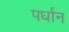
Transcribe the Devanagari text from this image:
पर्धान